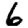
Digit: 6